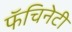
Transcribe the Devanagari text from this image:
फॅचिनेटी